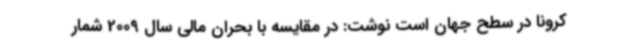
کرونا در سطح جهان است نوشت: در مقایسه با بحران مالی سال 2009 شمار